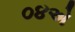
૦૪એ